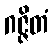
ဂဇ္ဇိတံ